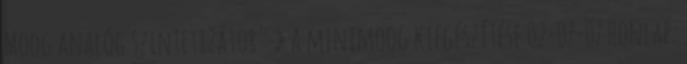
Moog analóg szintetizátor' » a minimoog kiegészítése 02-07-07 Honlap: